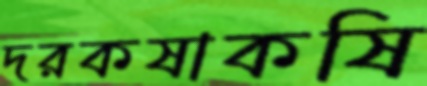
দরকষাকষি